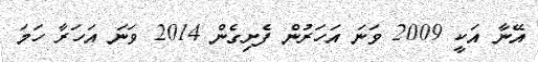
އޭނާ އަކީ 2009 ވަނަ އަހަރުން ފެށިގެން 2014 ވަނަ އަހަރާ ހަމަ